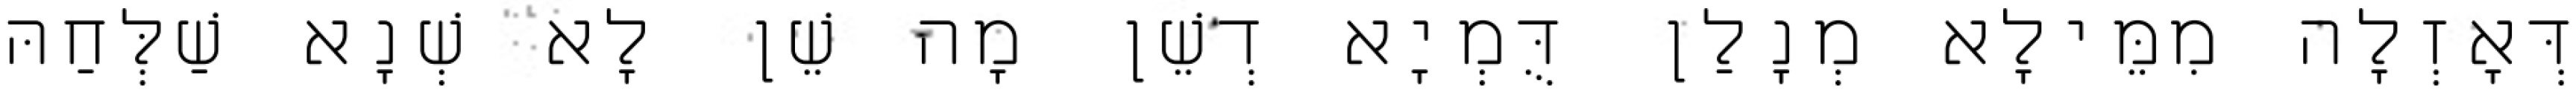
דְּאָזְלָה מִמֵּילָא מְנָלַן דֻּמְיָא דְשֵׁן מָה שֵׁן לָא שְׁנָא שַׁלְּחַהּ